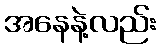
အနေနဲ့လည်း